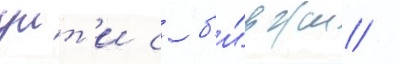
уит'и с б'и́ржи /